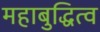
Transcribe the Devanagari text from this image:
महाबुद्धित्व